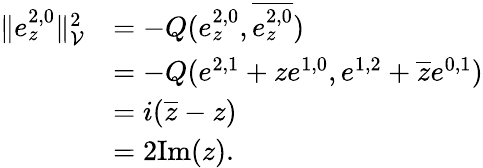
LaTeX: \begin{array}{rl}{\| e_{z}^{2,0}\| _{\mathcal{V}}^{2}}&{=-Q(e_{z}^{2,0},\overline{{e_{z}^{2,0}}})}\\ &{=-Q(e^{2,1}+ze^{1,0},e^{1,2}+\overline{{z}}e^{0,1})}\\ &{=i(\overline{{z}}-z)}\\ &{=2\mathrm{Im}(z).}\end{array}